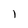
Character: 1